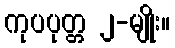
ကုပပုတ္တ ၂-မျိုး။